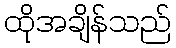
ထိုအချိန်သည်